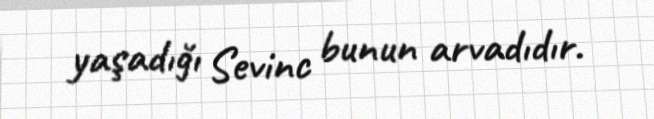
yaşadığı Sevinc bunun arvadıdır.